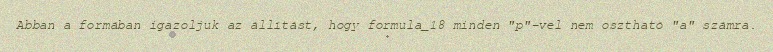
Abban a formában igazoljuk az állítást, hogy formula_18 minden "p"-vel nem osztható "a" számra.